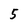
Character: 5